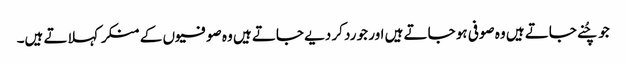
جو چُنے جاتے ہیں وہ صوفی ہو جاتے ہیں اور جو رد کر دیے جاتے ہیں وہ صوفیوں کے منکر کہلاتے ہیں۔